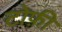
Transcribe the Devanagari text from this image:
टोफ़ी